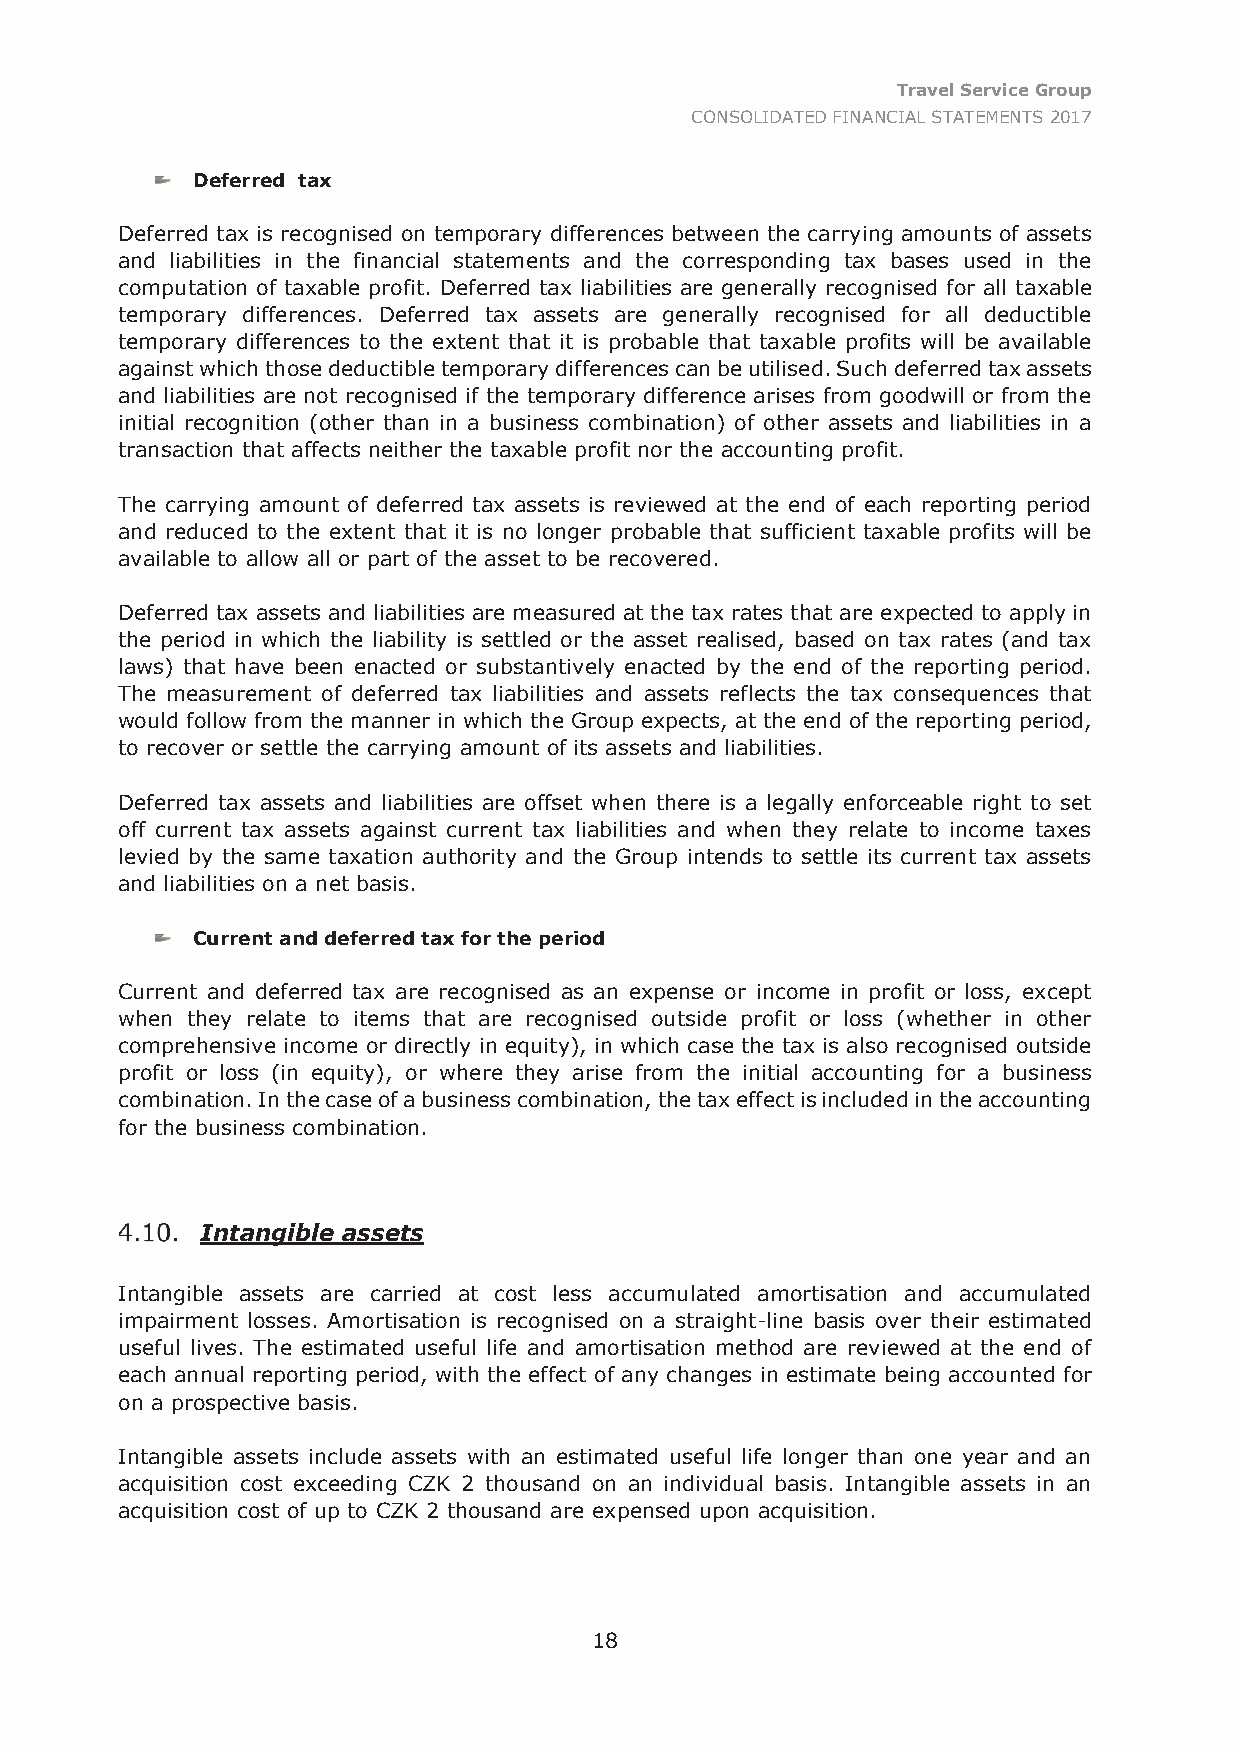
Travel Service Group
 CONSOLIDATED FINANCIAL STATEMENTS 2017
 Deferred tax
 Deferred tax is recognised on temporary differences between the carrying amounts of assets
 and liabilities in the financial statements and the corresponding tax bases used in the
 computation of taxable profit. Deferred tax liabilities are generally recognised for all taxable
 temporary differences. Deferred tax assets are generally recognised for all deductible
 temporary differences to the extent that it is probable that taxable profits will be available
 against which those deductible temporary differences can be utilised. Such deferred tax assets
 and liabilities are not recognised if the temporary difference arises from goodwill or from the
 initial recognition (other than in a business combination) of other assets and liabilities in a
 transaction that affects neither the taxable profit nor the accounting profit.
 The carrying amount of deferred tax assets is reviewed at the end of each reporting period
 and reduced to the extent that it is no longer probable that sufficient taxable profits will be
 available to allow all or part of the asset to be recovered.
 Deferred tax assets and liabilities are measured at the tax rates that are expected to apply in
 the period in which the liability is settled or the asset realised, based on tax rates (and tax
 laws) that have been enacted or substantively enacted by the end of the reporting period.
 The measurement of deferred tax liabilities and assets reflects the tax consequences that
 would follow from the manner in which the Group expects, at the end of the reporting period,
 to recover or settle the carrying amount of its assets and liabilities.
 Deferred tax assets and liabilities are offset when there is a legally enforceable right to set
 off current tax assets against current tax liabilities and when they relate to income taxes
 levied by the same taxation authority and the Group intends to settle its current tax assets
 and liabilities on a net basis.
 Current and deferred tax for the period
 Current and deferred tax are recognised as an expense or income in profit or loss, except
 when they relate to items that are recognised outside profit or loss (whether in other
 comprehensive income or directly in equity), in which case the tax is also recognised outside
 profit or loss (in equity), or where they arise from the initial accounting for a business
 combination. In the case of a business combination, the tax effect is included in the accounting
 for the business combination.
 Intangible assets
 Intangible assets are carried at cost less accumulated amortisation and accumulated
 impairment losses. Amortisation is recognised on a straight-line basis over their estimated
 useful lives. The estimated useful life and amortisation method are reviewed at the end of
 each annual reporting period, with the effect of any changes in estimate being accounted for
 on a prospective basis.
 Intangible assets include assets with an estimated useful life longer than one year and an
 acquisition cost exceeding CZK 2 thousand on an individual basis. Intangible assets in an
 acquisition cost of up to CZK 2 thousand are expensed upon acquisition.
 18